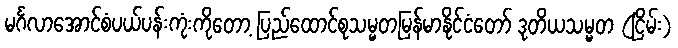
မင်္ဂလာအောင်စံပယ်ပန်းကုံးကိုတော့ ပြည်ထောင်စုသမ္မတမြန်မာနိုင်ငံတော် ဒုတိယသမ္မတ (ငြိမ်း)